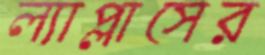
ল্যাপ্লাসের